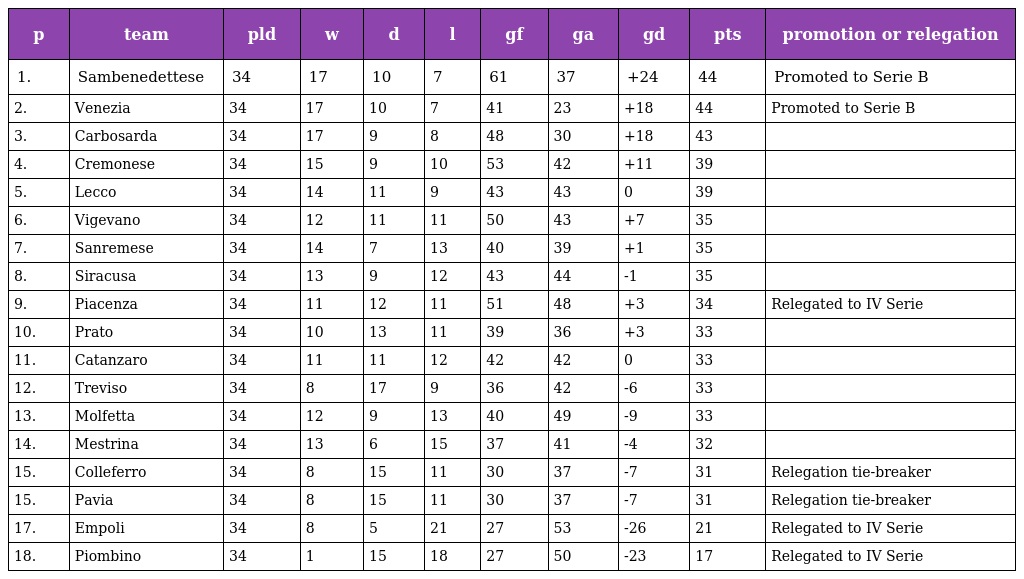
| p | team | pld | w | d | l | gf | ga | gd | pts | promotion or relegation |
 | --- | --- | --- | --- | --- | --- | --- | --- | --- | --- | --- |
 | 1. | Sambenedettese | 34 | 17 | 10 | 7 | 61 | 37 | +24 | 44 | Promoted to Serie B |
 | 2. | Venezia | 34 | 17 | 10 | 7 | 41 | 23 | +18 | 44 | Promoted to Serie B |
 | 3. | Carbosarda | 34 | 17 | 9 | 8 | 48 | 30 | +18 | 43 |  |
 | 4. | Cremonese | 34 | 15 | 9 | 10 | 53 | 42 | +11 | 39 |  |
 | 5. | Lecco | 34 | 14 | 11 | 9 | 43 | 43 | 0 | 39 |  |
 | 6. | Vigevano | 34 | 12 | 11 | 11 | 50 | 43 | +7 | 35 |  |
 | 7. | Sanremese | 34 | 14 | 7 | 13 | 40 | 39 | +1 | 35 |  |
 | 8. | Siracusa | 34 | 13 | 9 | 12 | 43 | 44 | -1 | 35 |  |
 | 9. | Piacenza | 34 | 11 | 12 | 11 | 51 | 48 | +3 | 34 | Relegated to IV Serie |
 | 10. | Prato | 34 | 10 | 13 | 11 | 39 | 36 | +3 | 33 |  |
 | 11. | Catanzaro | 34 | 11 | 11 | 12 | 42 | 42 | 0 | 33 |  |
 | 12. | Treviso | 34 | 8 | 17 | 9 | 36 | 42 | -6 | 33 |  |
 | 13. | Molfetta | 34 | 12 | 9 | 13 | 40 | 49 | -9 | 33 |  |
 | 14. | Mestrina | 34 | 13 | 6 | 15 | 37 | 41 | -4 | 32 |  |
 | 15. | Colleferro | 34 | 8 | 15 | 11 | 30 | 37 | -7 | 31 | Relegation tie-breaker |
 | 15. | Pavia | 34 | 8 | 15 | 11 | 30 | 37 | -7 | 31 | Relegation tie-breaker |
 | 17. | Empoli | 34 | 8 | 5 | 21 | 27 | 53 | -26 | 21 | Relegated to IV Serie |
 | 18. | Piombino | 34 | 1 | 15 | 18 | 27 | 50 | -23 | 17 | Relegated to IV Serie |